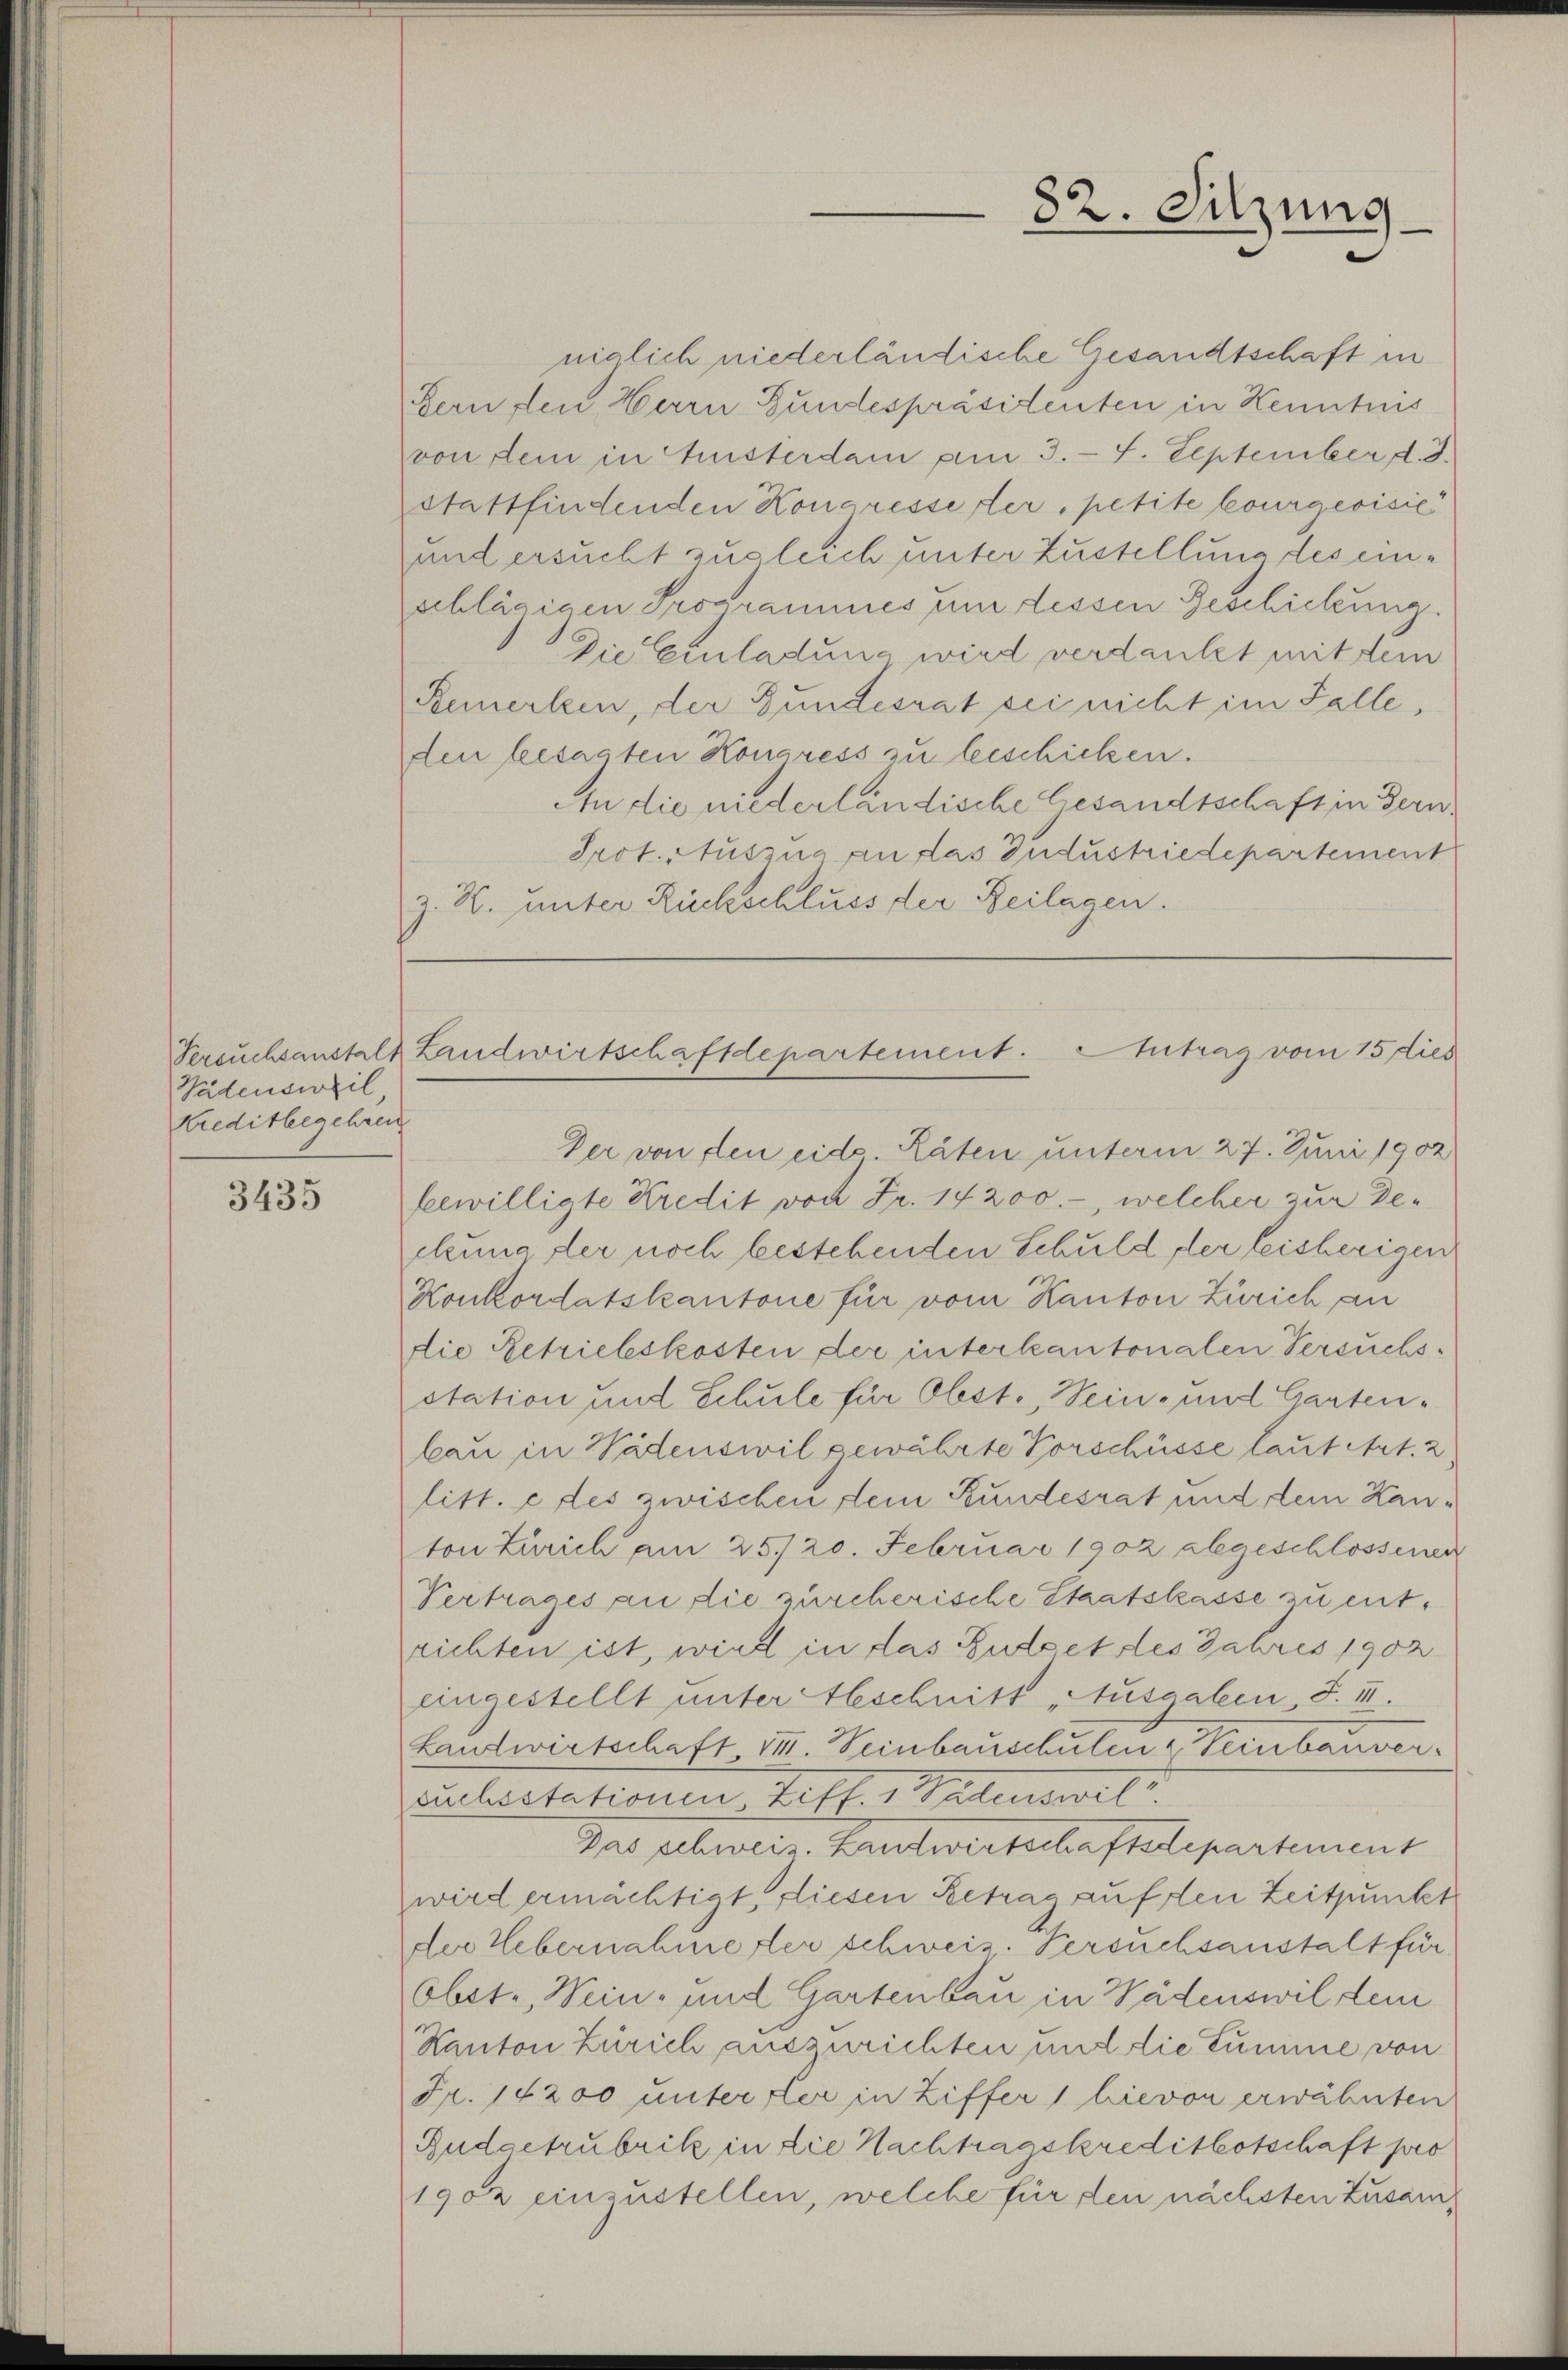
Pädensweil
Kreditbegehren

3435

niglich niederländische Gesandtschaft in
Fern den Herrn Gundespräsidenten in Kenntnis
von dem in Fristerdam am 3. - 4. September d. J.
stattfindenden Kongresse der, petite lourgeoisie
und ersucht zugleich unter Zustellung des einschlägigen Programmes um dessen Geschickung.
Die Einladung wird verdankt mit dem
Remerken, der Gundesrat sei nicht im Falle,
den besagten Kongress zu beschicken.
An die niederländische Gesandtschaft in Fern
Prot. Auszug an das Industriedepartement
z. R. unter Rückschluss der Beilagen.

Der von den eide Läten unterm 27. Juni 1902
beewilligte Kredit von Fr. 14200.-, welcher zur Dechung der noch bestehenden Schuld, der leisherigen
Konkordatskantone für vom Kanton Zürich an
die Betriebeskosten der interkantonalen Versuchsstation und Schule für Obst. Wein- und Gartenbau in Wädenswil gewährte Vorschüsse laut Art. 2
litt. e des zwischen dein Rundesrat und dem Kanton Zürich am 25. 20. Februar 1902 abgeschlossenen
Vertrages an die zürcherische Staatskasse zu entrichten ist, wird in das Budget des Jahres 1902
eingestellt unter Abschnitt Ausgaben, S. III.
Landwirtschaft III. Weinbauschulen - Treubauversuchestationen, Ziff. 1 Padenswel
Das schweiz. Landwirtschaftsdepartement
wird ermächtigt, diesen Betrag auf den Zeitpunkt
der Uebernahme er schweiz. Versuchsanstalt für
obste, Wein- und Gartenbau in Wädenswil tei
Kanton Zürich auszurichten und die Summe von
Fr. 17200 unter der in Ziffer 1 hievon erwähnten
Budaetrubrik in die Nachtragskreditkotschaft pro
1902 einzustellen, welche für den nächsten Zusam¬

82. Sitzung

Versuchsanstalt Landwirtschaftdepartement. Antrag vom 15 dies